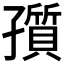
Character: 𡦫